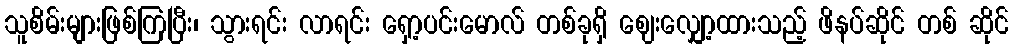
သူစိမ်းများဖြစ်ကြပြီး၊ သွားရင်း လာရင်း ရှော့ပင်းမောလ် တစ်ခုရှိ ဈေးလျှော့ထားသည့် ဖိနပ်ဆိုင် တစ် ဆိုင်